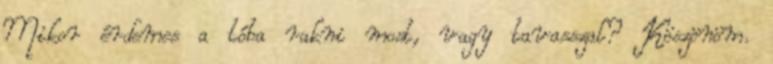
Mikor érdemes a tóba rakni most, vagy tavasszal? Köszönöm.